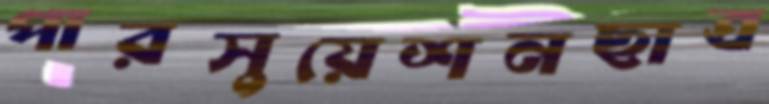
পারসুয়েশনছাত্র